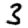
Digit: 3